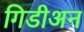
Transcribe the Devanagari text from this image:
गिडीअन